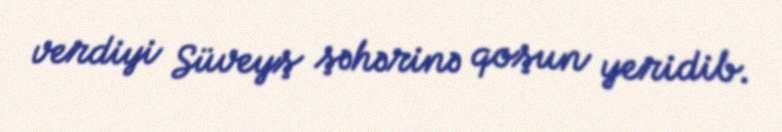
verdiyi Süveyş şəhərinə qoşun yeridib.